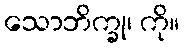
သောဘိက္ခု၊ ကို။